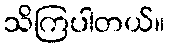
သိကြပါတယ်။